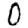
Digit: 0